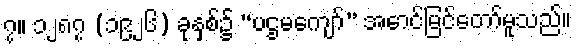
၇။ ၁၂၈၇ (၁၉၂၆) ခုနှစ်၌ “ပဌမကျော်” အောင်မြင်တော်မူသည်။